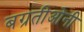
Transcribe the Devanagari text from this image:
बग्रतीओनी